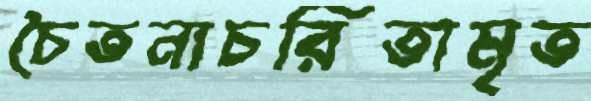
চৈতন্যচরিতামৃত